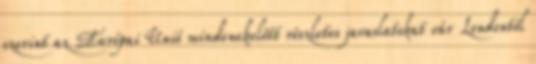
szerint az Európai Unió mindenekelőtt részletes javaslatokat vár Londontól